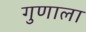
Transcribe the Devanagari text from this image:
गुणाला